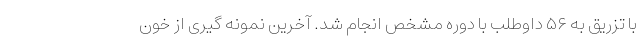
با تزریق به ۵۶ داوطلب با دوره مشخص انجام شد. آخرین نمونه گیری از خون